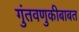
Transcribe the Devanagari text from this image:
गुंतवणुकीबाबत